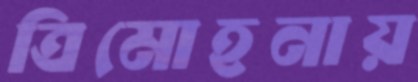
ত্রিমোহনায়